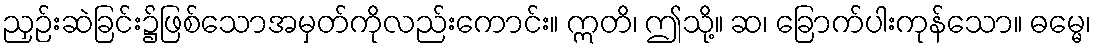
ညှဉ်းဆဲခြင်း၌ဖြစ်သောအမှတ်ကိုလည်းကောင်း။ ဣတိ၊ ဤသို့။ ဆ၊ ခြောက်ပါးကုန်သော။ ဓမ္မေ၊